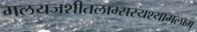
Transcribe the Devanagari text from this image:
मलयजशीतलाम्सस्यश्यामलाम्